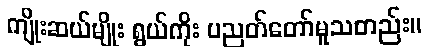
ကျိုးဆယ်မျိုး ရွယ်ကိုး ပညတ်တော်မူသတည်း။